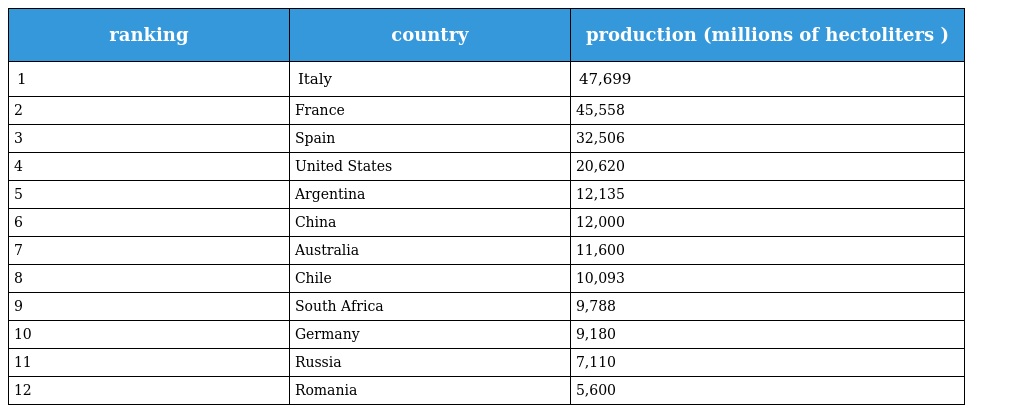
| ranking | country | production (millions of hectoliters ) |
 | --- | --- | --- |
 | 1 | Italy | 47,699 |
 | 2 | France | 45,558 |
 | 3 | Spain | 32,506 |
 | 4 | United States | 20,620 |
 | 5 | Argentina | 12,135 |
 | 6 | China | 12,000 |
 | 7 | Australia | 11,600 |
 | 8 | Chile | 10,093 |
 | 9 | South Africa | 9,788 |
 | 10 | Germany | 9,180 |
 | 11 | Russia | 7,110 |
 | 12 | Romania | 5,600 |